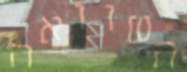
השוואה